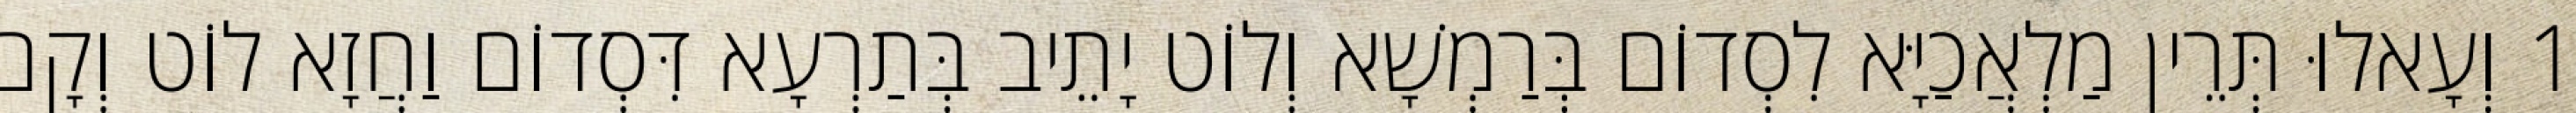
1 וְעָאלוּ תְּרֵין מַלְאֲכַיָּא לִסְדוֹם בְּרַמְשָׁא וְלוֹט יָתֵיב בְּתַרְעָא דִּסְדוֹם וַחֲזָא לוֹט וְקָם